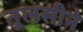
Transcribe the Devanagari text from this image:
तुलसीने